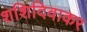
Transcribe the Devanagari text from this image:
शशिदिवाकर